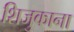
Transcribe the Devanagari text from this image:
शिजुकाना